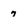
Character: 7